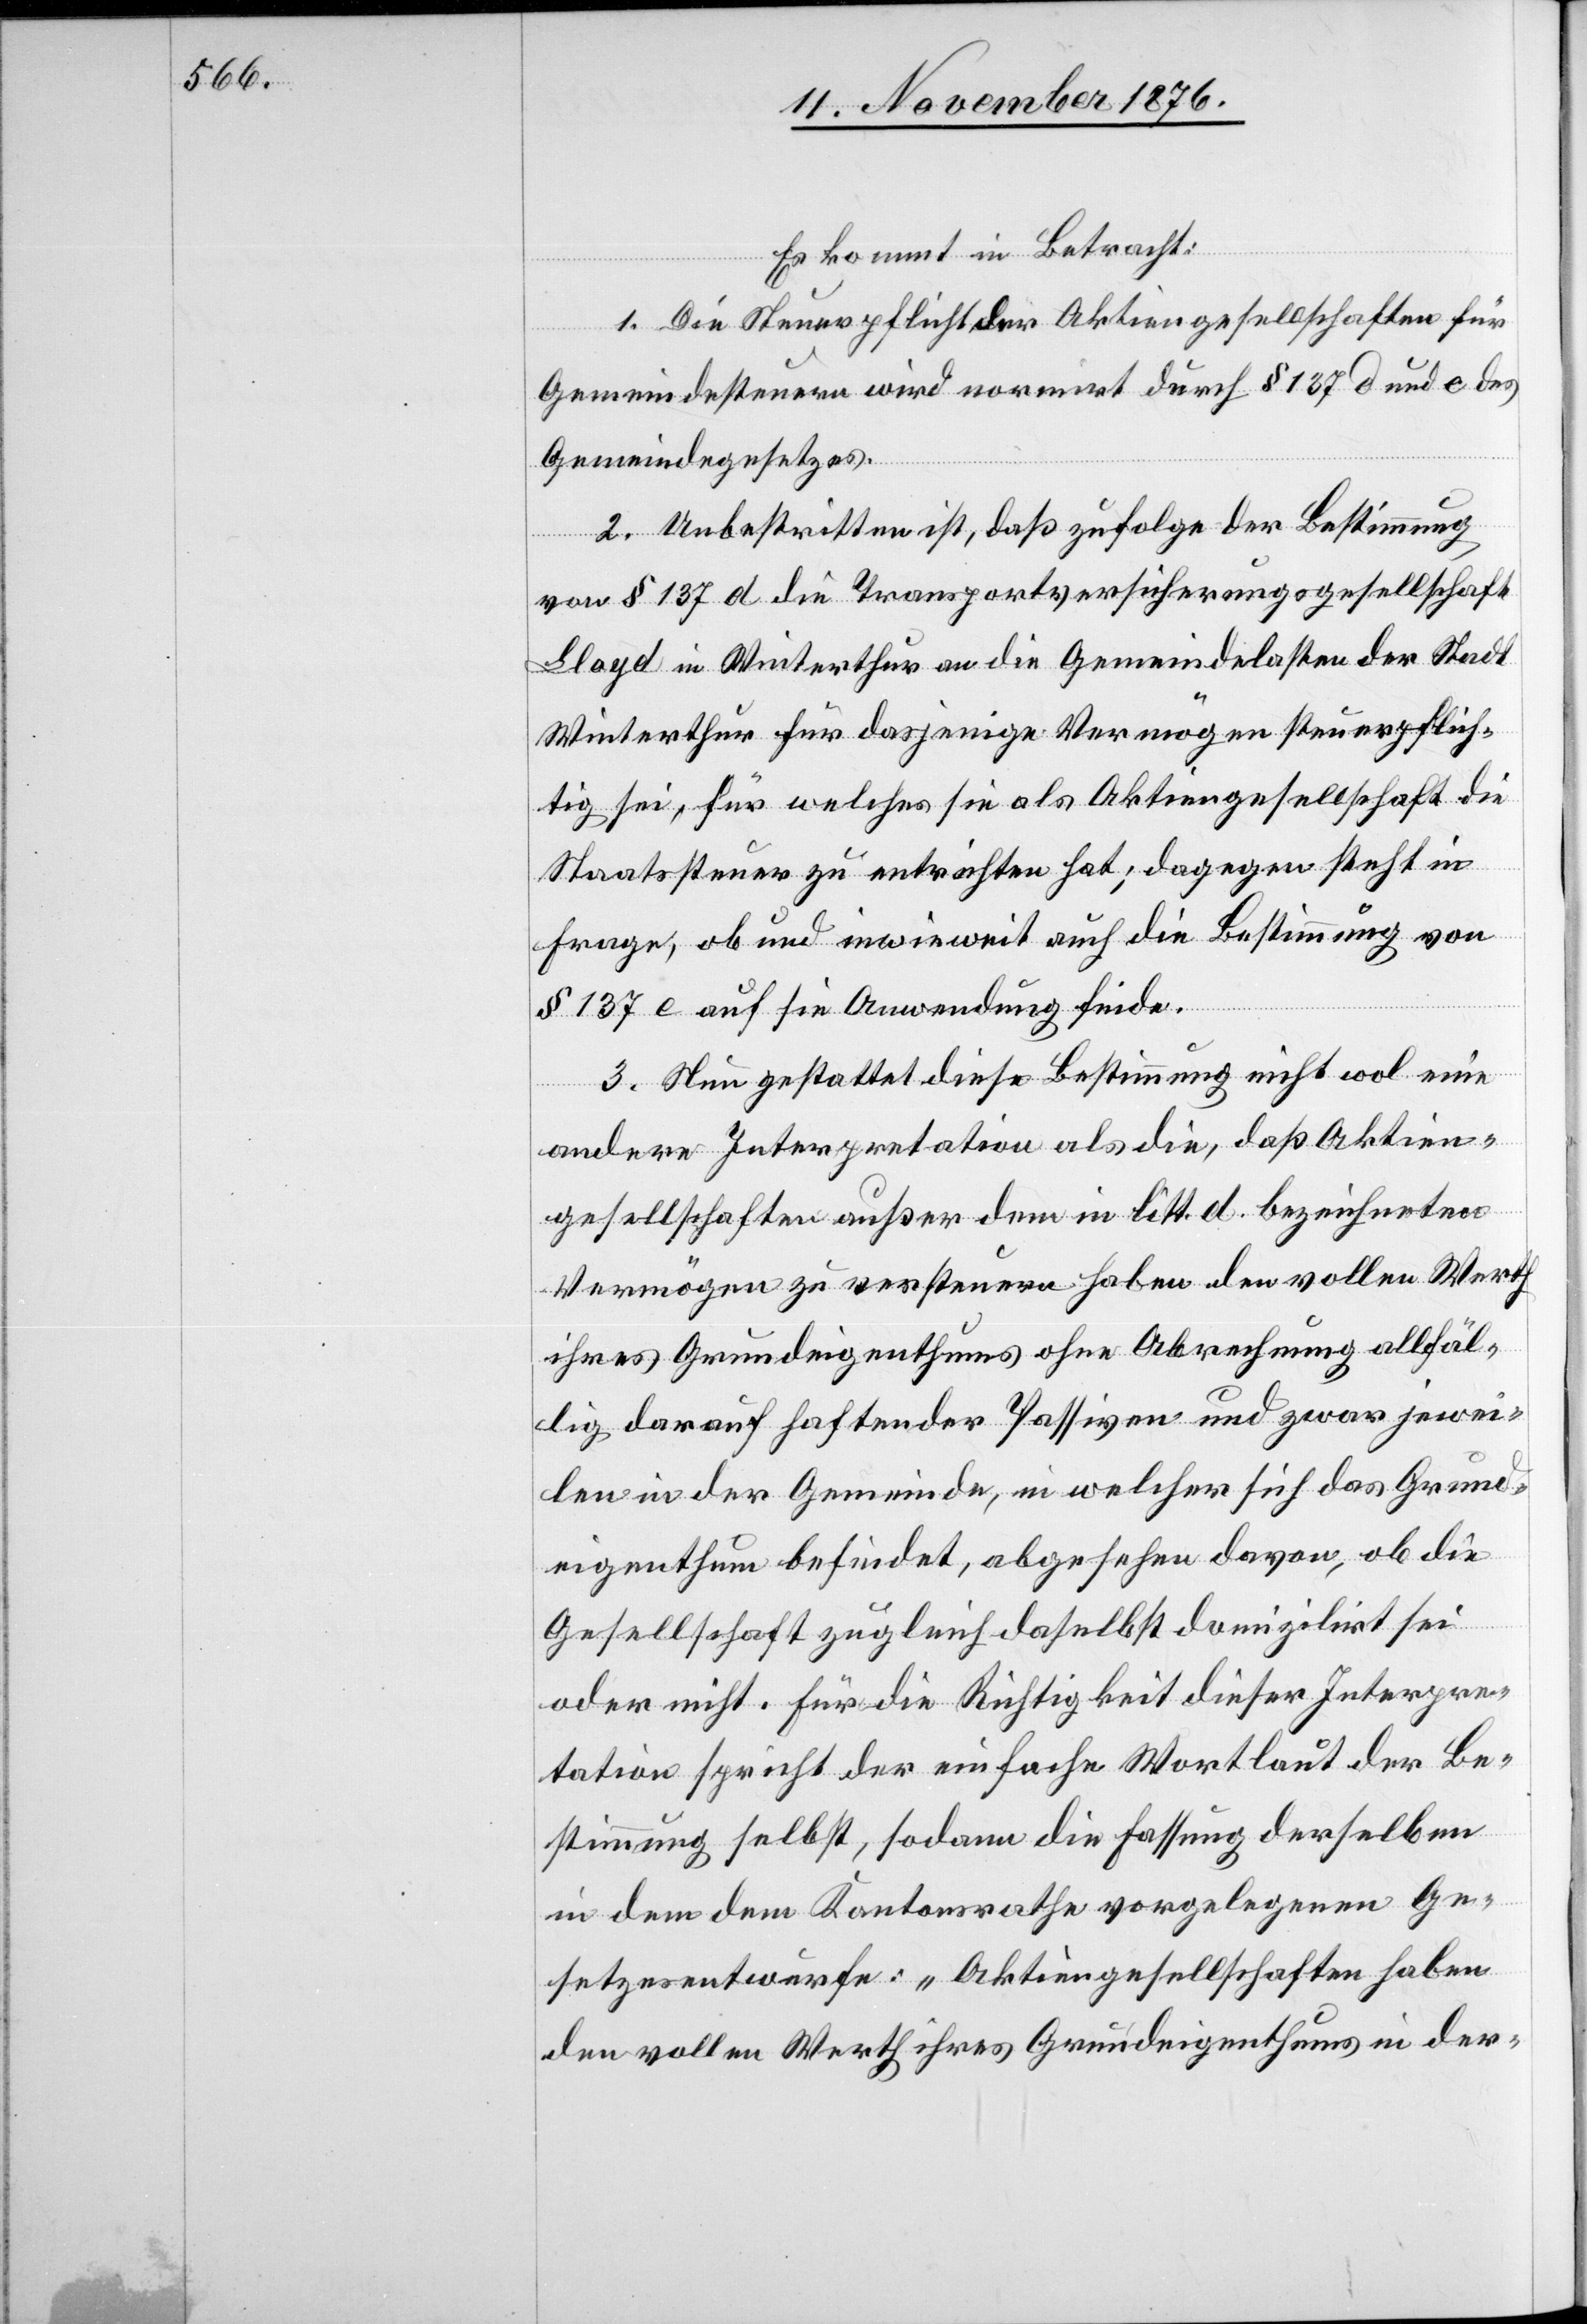
Es kommt in Betracht:
1. Die Steuerpflicht der Aktiengesellschaften für
Gemeindesteuern wird normirt durch § 137 d und e des
Gemeindegesetzes.
2. Unbestritten ist, daß zufolge der Bestimmung
von § 137 d die Transportversicherungsgesellschaft
Lloyd in Winterthur an die Gemeindelasten der Stadt
Winterthur für dasjenige Vermögen steuerpflich¬
tig sei, für welches sie als Aktiengesellschaft die
Staatssteuer zu entrichten hat; dagegen steht in
Frage, ob und inwieweit auch die Bestimmung von
§ 137 e auf sie Anwendung finde.
3. Nun gestattet diese Bestimmung nicht wol eine
andere Interpretation als die, daß Aktien¬
gesellschaften außer dem in litt. d bezeichneten
Vermögen zu versteuern haben den vollen Werth
ihres Grundeigenthums ohne Abrechnung allfäl¬
lig darauf haftender Passiven und zwar jewei¬
len in der Gemeinde, in welcher sich das Grund¬
eigenthum befindet, abgesehen davon, ob die
Gesellschaft zugleich daselbst domizilirt sei
oder nicht. Für die Richtigkeit dieser Interpre¬
tation spricht der einfache Wortlaut der Be¬
stimmung selbst, sodann die Fassung derselben
in dem dem Kantonsrathe vorgelegenen Ge¬
setzesentwurfe: „Aktiengesellschaften haben
den vollen Werth ihres Grundeigenthums in der-